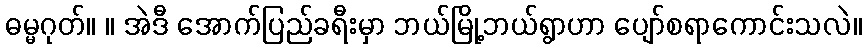
ဓမ္မဂုတ်။ ။ အဲဒီ အောက်ပြည်ခရီးမှာ ဘယ်မြို့ဘယ်ရွာဟာ ပျော်စရာကောင်းသလဲ။